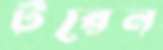
টরেন